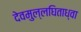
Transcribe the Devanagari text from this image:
देवमुल्लघिताध्वा